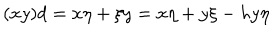
( x y ) d = x \eta + \xi y = x \eta + y \xi - h y \eta